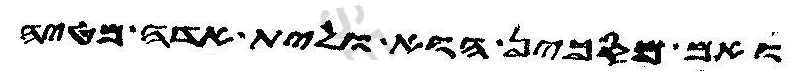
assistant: ואם מסכין הוא ולית אדה מטיה